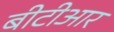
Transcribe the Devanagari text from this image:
बीटीआर